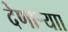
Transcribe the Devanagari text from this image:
देणाऱ्याा